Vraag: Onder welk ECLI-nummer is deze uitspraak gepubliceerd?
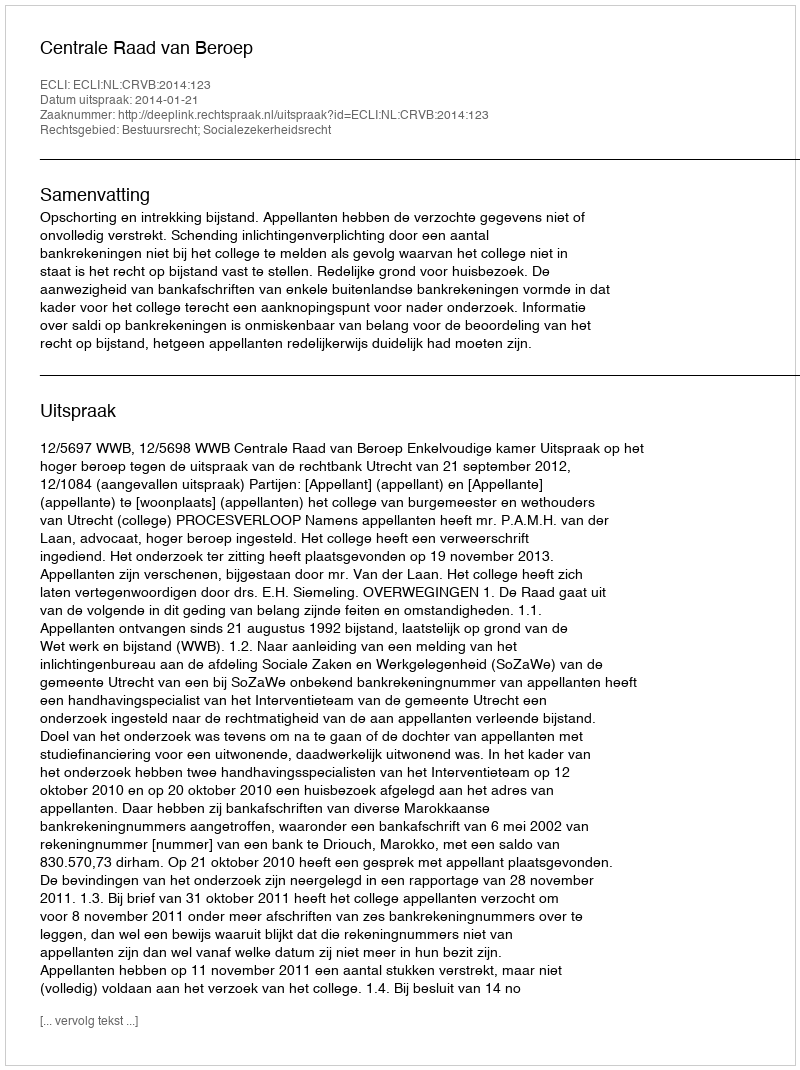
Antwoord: ECLI:NL:CRVB:2014:123